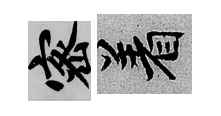
密著